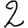
Digit: 2